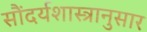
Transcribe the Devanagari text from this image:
सौंदर्यशास्त्रानुसार